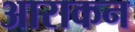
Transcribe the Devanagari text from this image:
आराकन